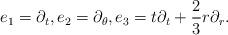
LaTeX: \begin{gather*}e_1=\partial_t,e_2=\partial_\theta,e_3=t\partial_t+\frac 23 r\partial_r.\end{gather*}